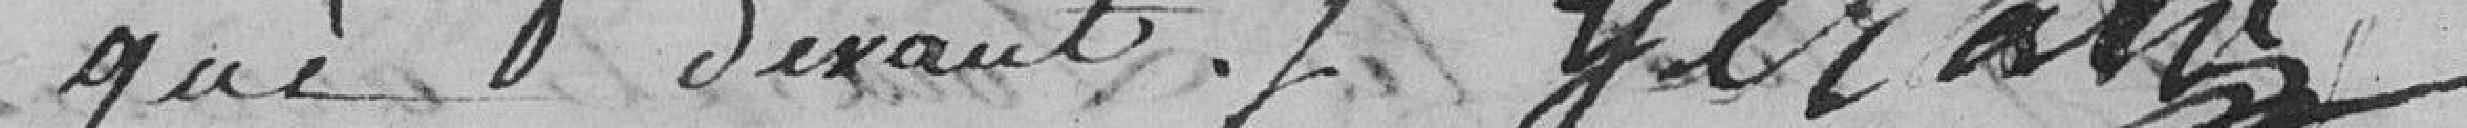
que devant. ....